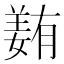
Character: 𡡭